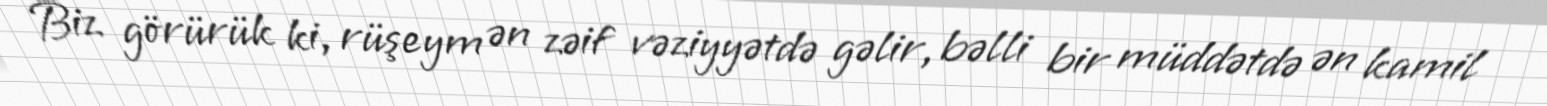
Biz görürük ki, rüşeym ən zəif vəziyyətdə gəlir, bəlli bir müddətdə ən kamil